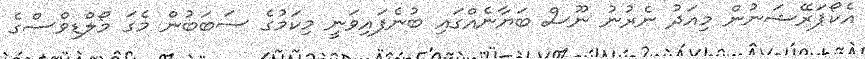
އެކޯޕަރޭޝަނުން މިއަދު ނެރުނު ނޫސް ބަޔާނެއްގައި ބުނެފައިވަނީ މިކަމުގެ ސަބަބުން މެގަ މޯލްޑިވްސްގެ